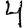
Digit: 4